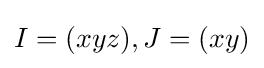
I=(xyz),J=(xy)